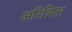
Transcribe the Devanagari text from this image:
अरिशिल